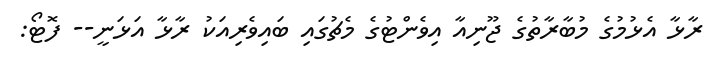
ރާޅާ އެޅުމުގެ މުބާރާތުގެ ޖޫނިއާ އިވެންޓުގެ މެޗުގައި ބައިވެރިއަކު ރާޅާ އަޅަނީ-- ފޮޓޯ: